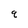
Character: q